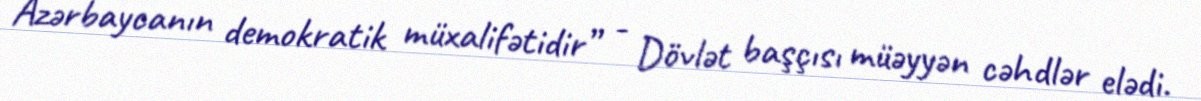
Azərbaycanın demokratik müxalifətidir” - Dövlət başçısı müəyyən cəhdlər elədi.